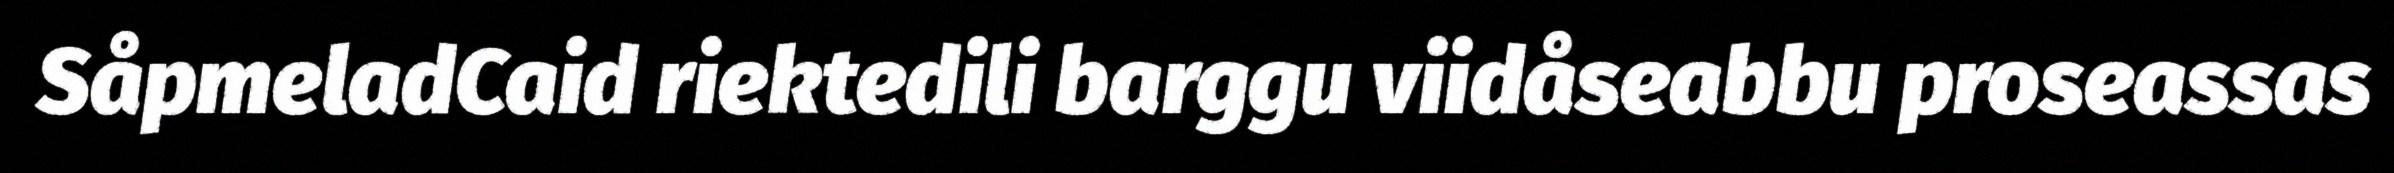
SåpmeladCaid riektedili barggu viidåseabbu proseassas